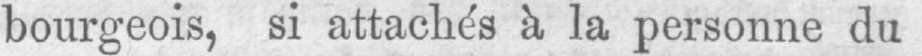
bourgeois, si attachés à la personne du